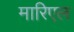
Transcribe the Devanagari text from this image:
मारिएल